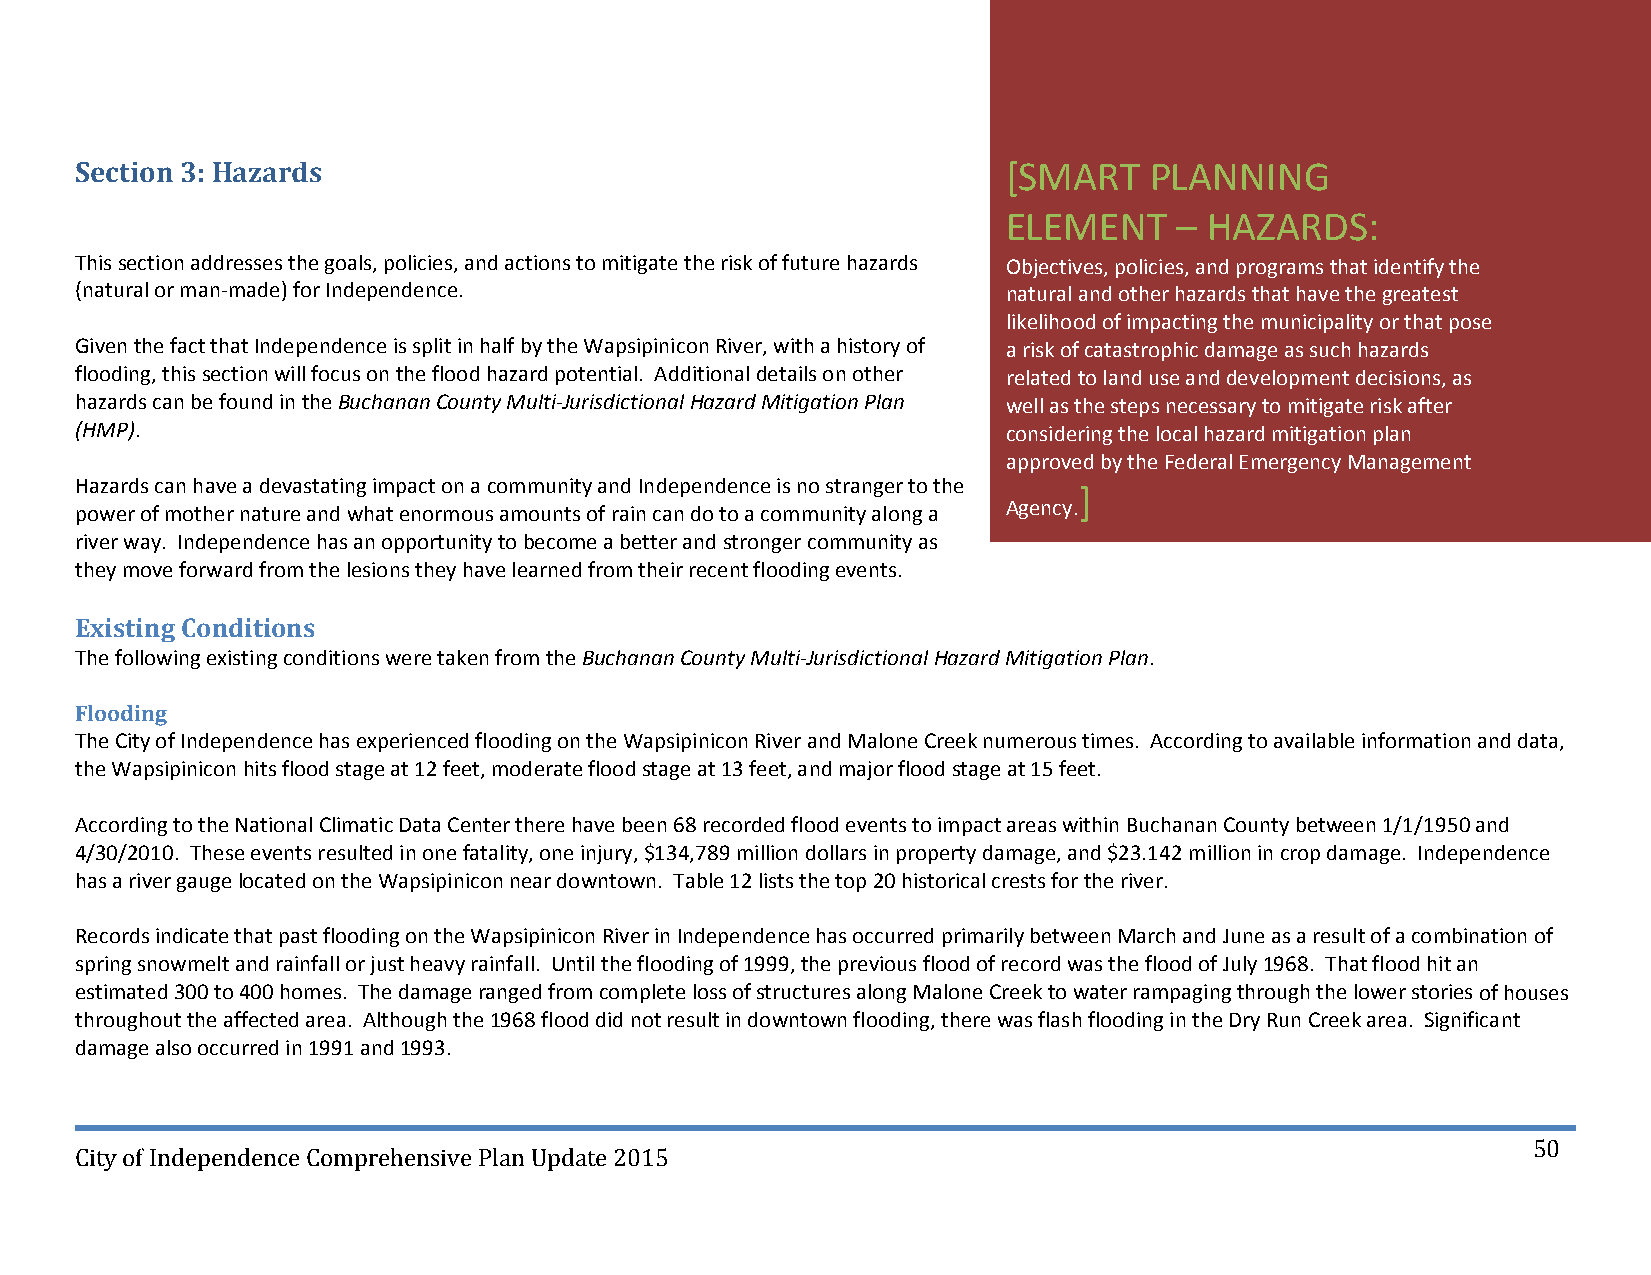
Section 3: Hazards                                            [SMART   PLANNING
 ELEMENT    – HAZARDS:
 This section addresses the goals, policies, and actions to mitigate the risk of future hazards Objectives, policies, and programs that identify the
 (natural or man‐made) for Independence.                       natural and other hazards that have the greatest
 likelihood of impacting the municipality or that pose
 Given the fact that Independence is split in half by the Wapsipinicon River, with a history of a risk of catastrophic damage as such hazards
 flooding, this section will focus on the flood hazard potential. Additional details on other related to land use and development decisions, as
 hazards can be found in the Buchanan County Multi‐Jurisdictional Hazard Mitigation Plan well as the steps necessary to mitigate risk after
 (HMP).                                                        considering the local hazard mitigation plan
 approved by the Federal Emergency Management
 Hazards can have a devastating impact on a community and Independence is no stranger to the
 ]
 power of mother nature and what enormous amounts of rain can do to a community along a Agency.
 river way. Independence has an opportunity to become a better and stronger community as
 they move forward from the lesions they have learned from their recent flooding events.
 Existing Conditions
 The following existing conditions were taken from the Buchanan County Multi‐Jurisdictional Hazard Mitigation Plan.
 Flooding
 The City of Independence has experienced flooding on the Wapsipinicon River and Malone Creek numerous times. According to available information and data,
 the Wapsipinicon hits flood stage at 12 feet, moderate flood stage at 13 feet, and major flood stage at 15 feet.
 According to the National Climatic Data Center there have been 68 recorded flood events to impact areas within Buchanan County between 1/1/1950 and
 4/30/2010. These events resulted in one fatality, one injury, $134,789 million dollars in property damage, and $23.142 million in crop damage. Independence
 has a river gauge located on the Wapsipinicon near downtown. Table 12 lists the top 20 historical crests for the river.
 Records indicate that past flooding on the Wapsipinicon River in Independence has occurred primarily between March and June as a result of a combination of
 spring snowmelt and rainfall or just heavy rainfall. Until the flooding of 1999, the previous flood of record was the flood of July 1968. That flood hit an
 estimated 300 to 400 homes. The damage ranged from complete loss of structures along Malone Creek to water rampaging through the lower stories of houses
 throughout the affected area. Although the 1968 flood did not result in downtown flooding, there was flash flooding in the Dry Run Creek area. Significant
 damage also occurred in 1991 and 1993.
 50
 City of Independence Comprehensive Plan Update 2015